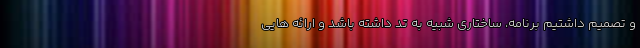
و تصمیم داشتیم برنامه، ساختاری شبیه به تد داشته باشد و ارائه هایی